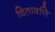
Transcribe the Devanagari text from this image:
चितावणि